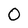
Character: O